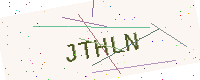
Text: JTHLN